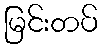
မြင်းတပ်